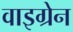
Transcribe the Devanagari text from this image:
वाइग्रेन